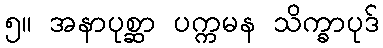
၅။ အနာပုစ္ဆာ ပက္ကမန သိက္ခာပုဒ်